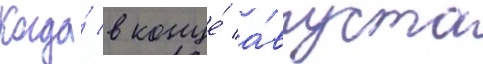
Когда́ в конце́ а́вгуста